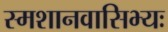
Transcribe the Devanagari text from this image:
स्मशानवासिभ्यः